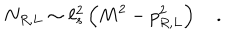
N _ { R , L } \sim \ell _ { s } ^ { 2 } \left( M ^ { 2 } - p _ { R , L } ^ { 2 } \right) \quad .